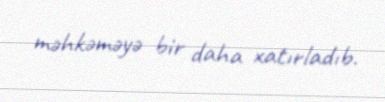
məhkəməyə bir daha xatırladıb.